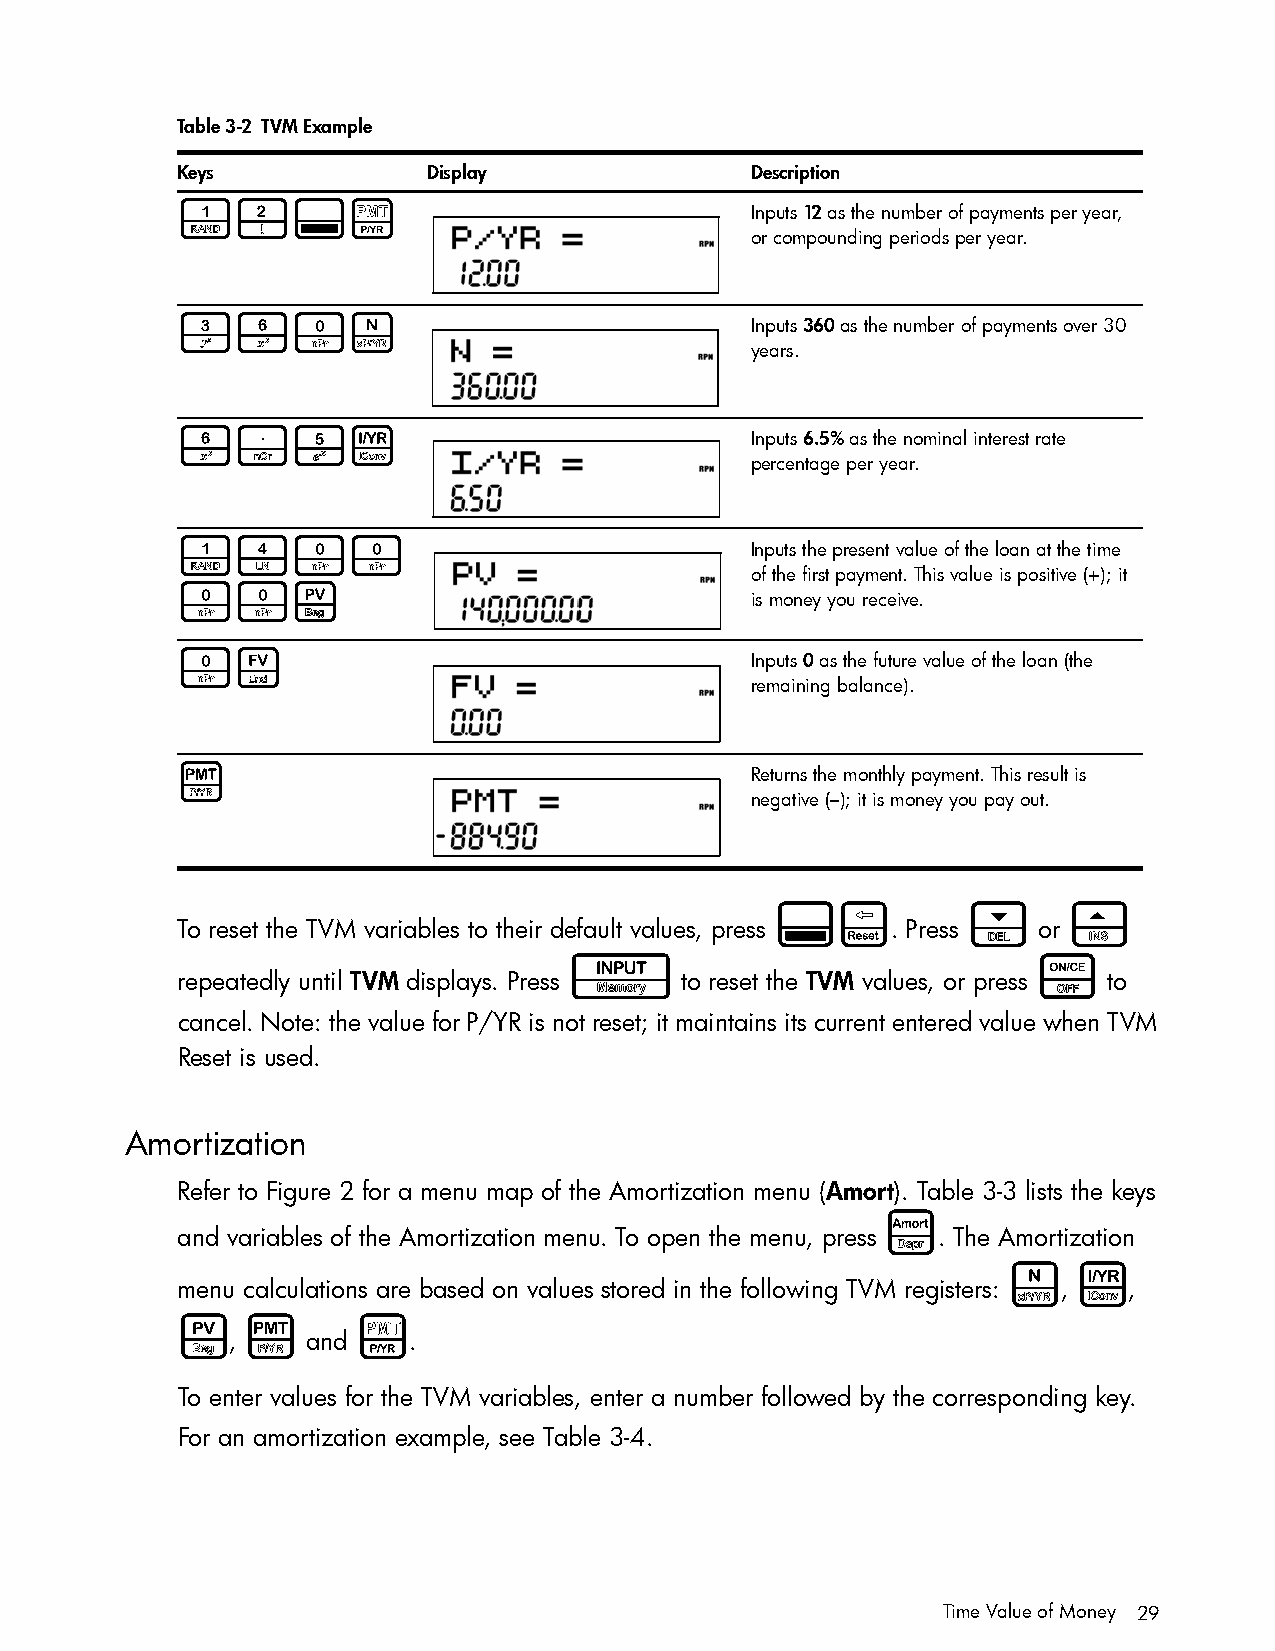
Table 3-2 TVM Example
 Keys            Display               Description
 12:[                                  Inputs 12 as the number of payments per year,
 or compounding periods per year.
 360N                                  Inputs 360 as the number of payments over 30
 years.
 6.5Y                                  Inputs 6.5% as the nominal interest rate
 percentage per year.
 1400                                  Inputs the present value of the loan at the time
 of the first payment. This value is positive (+); it
 00V
 is money you receive.
 0F                                    Inputs 0 as the future value of the loan (the
 remaining balance).
 M                                     Returns the monthly payment. This result is
 negative (–); it is money you pay out.
 :x           <      >
 To reset the TVM variables to their default values, press . Press or
 I                              O
 repeatedly until TVM displays. Press to reset the TVM values, or press to
 cancel. Note: the value for P/YR is not reset; it maintains its current entered value when TVM
 Reset is used.
 Amortization
 Refer to Figure 2 for a menu map of the Amortization menu (Amort). Table 3-3 lists the keys
 A
 and variables of the Amortization menu. To open the menu, press . The Amortization
 N   Y
 menu calculations are based on values stored in the following TVM registers: , ,
 V   M       [
 ,    and    .
 To enter values for the TVM variables, enter a number followed by the corresponding key.
 For an amortization example, see Table 3-4.
 Time Value of Money 29